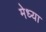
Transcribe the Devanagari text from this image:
मेध्या